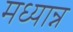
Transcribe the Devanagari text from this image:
मध्यान्न